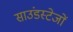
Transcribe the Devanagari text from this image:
साउंडस्टेजों